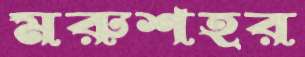
মরুশহর